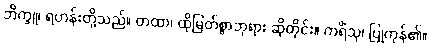
ဘိက္ခူ၊ ရဟန်းတို့သည်။ တထာ၊ ထိုမြတ်စွာဘုရား ဆိုတိုင်း။ ကရိံသု၊ ပြုကုန်၏။